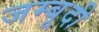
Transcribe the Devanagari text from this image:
जम्बूदी